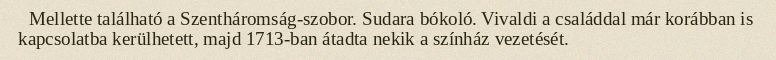
Mellette található a Szentháromság-szobor. Sudara bókoló. Vivaldi a családdal már korábban is kapcsolatba kerülhetett, majd 1713-ban átadta nekik a színház vezetését.